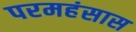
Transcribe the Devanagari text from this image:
परमहंसास